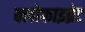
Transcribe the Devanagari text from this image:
क्लोफाइब्रेट